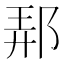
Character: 𨛓